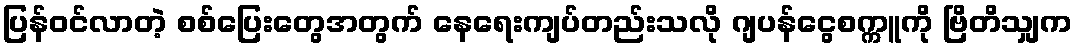
ပြန်ဝင်လာတဲ့ စစ်ပြေးတွေအတွက် နေရေးကျပ်တည်းသလို ဂျပန်ငွေစက္ကူကို ဗြိတိသျှက